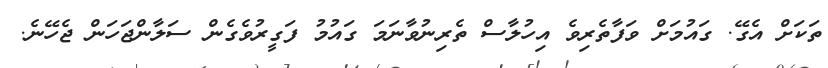
ތަކަށް އެގޭ. ގައުމަށް ވަފާތެރިވެ އިހުލާސް ތެރިނުވާނަމަ ގައުމު ފަގީރުވެގެން ސަލާންޖަހަން ޖެހޭނެ.